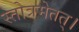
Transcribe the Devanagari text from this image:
स्तोत्रमेतत्।